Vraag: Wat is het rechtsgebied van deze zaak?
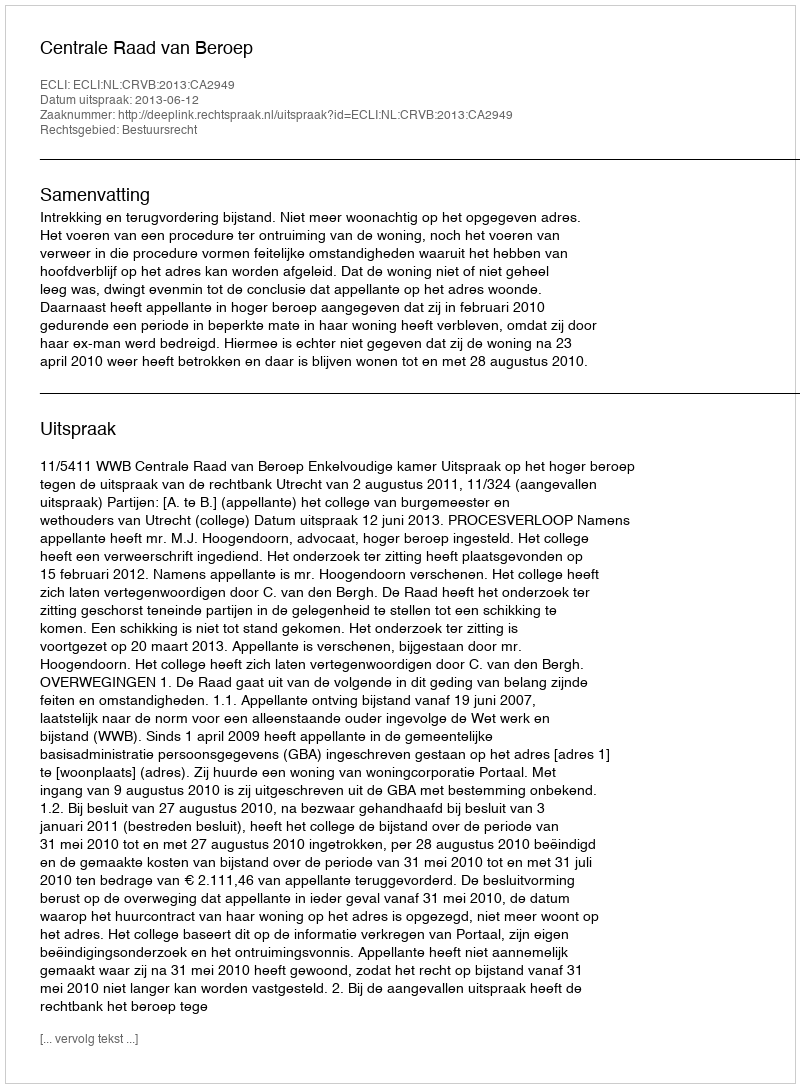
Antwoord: Bestuursrecht